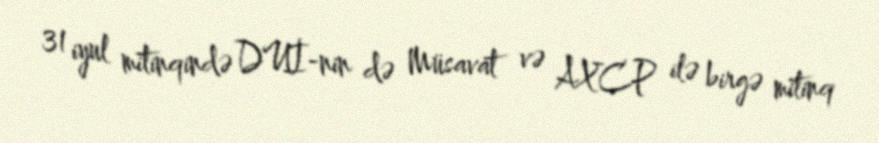
31 iyul mitinqində DUİ-nin də Müsavat və AXCP ilə birgə mitinq